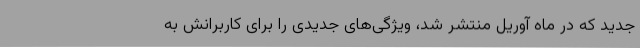
جدید که در ماه آوریل منتشر شد، ویژگی‌های جدیدی را برای کاربرانش به